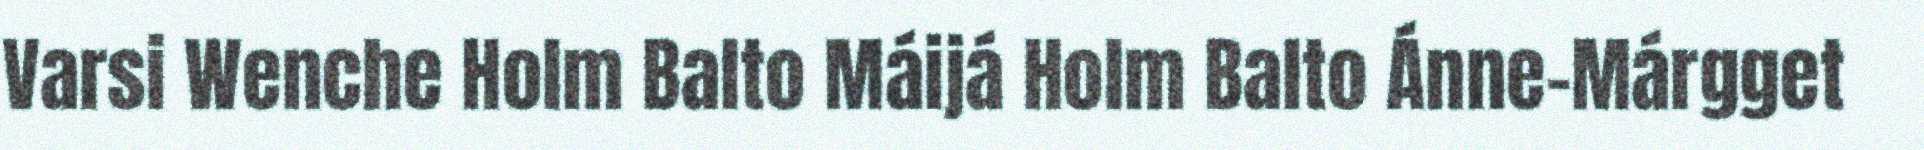
Varsi Wenche Holm Balto Máijá Holm Balto Ánne-Márgget